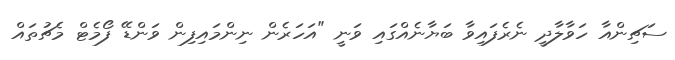
ސަޗިންއާ ހަވާލާދީ ނެރެފައިވާ ބަޔާނެއްގައި ވަނީ "އަހަރެން ނިންމައިފިން ވަންޑޭ ފޯމެޓް މެޗުތައް